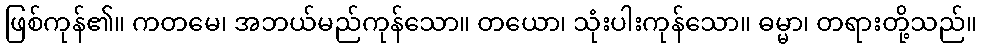
ဖြစ်ကုန်၏။ ကတမေ၊ အဘယ်မည်ကုန်သော။ တယော၊ သုံးပါးကုန်သော။ ဓမ္မာ၊ တရားတို့သည်။